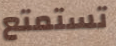
تستمتع